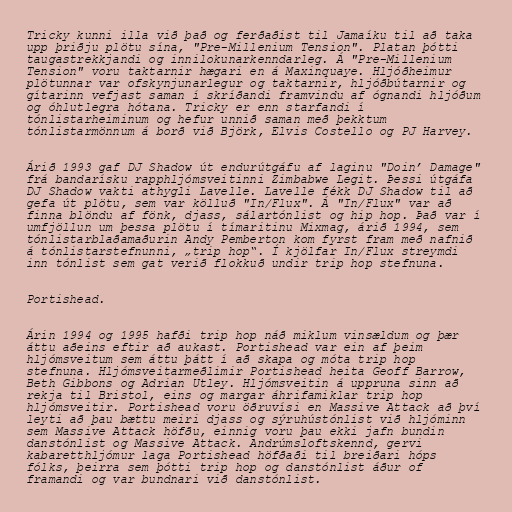
Tricky kunni illa við það og ferðaðist til Jamaíku til að taka
upp þriðju plötu sína, "Pre-Millenium Tension". Platan þótti
taugastrekkjandi og innilokunarkenndarleg. Á "Pre-Millenium
Tension" voru taktarnir hægari en á Maxinquaye. Hljóðheimur
plötunnar var ofskynjunarlegur og taktarnir, hljóðbútarnir og
gítarinn vefjast saman í skríðandi framvindu af ógnandi hljóðum
og óhlutlegra hótana. Tricky er enn starfandi í
tónlistarheiminum og hefur unnið saman með þekktum
tónlistarmönnum á borð við Björk, Elvis Costello og PJ Harvey.

Árið 1993 gaf DJ Shadow út endurútgáfu af laginu "Doin’ Damage"
frá bandarísku rapphljómsveitinni Zimbabwe Legit. Þessi útgáfa
DJ Shadow vakti athygli Lavelle. Lavelle fékk DJ Shadow til að
gefa út plötu, sem var kölluð "In/Flux". Á "In/Flux" var að
finna blöndu af fönk, djass, sálartónlist og hip hop. Það var í
umfjöllun um þessa plötu í tímaritinu Mixmag, árið 1994, sem
tónlistarblaðamaðurin Andy Pemberton kom fyrst fram með nafnið
á tónlistarstefnunni, „trip hop“. Í kjölfar In/Flux streymdi
inn tónlist sem gat verið flokkuð undir trip hop stefnuna.

Portishead.

Árin 1994 og 1995 hafði trip hop náð miklum vinsældum og þær
áttu aðeins eftir að aukast. Portishead var ein af þeim
hljómsveitum sem áttu þátt í að skapa og móta trip hop
stefnuna. Hljómsveitarmeðlimir Portishead heita Geoff Barrow,
Beth Gibbons og Adrian Utley. Hljómsveitin á uppruna sinn að
rekja til Bristol, eins og margar áhrifamiklar trip hop
hljómsveitir. Portishead voru öðruvísi en Massive Attack að því
leyti að þau bættu meiri djass og sýruhústónlist við hljóminn
sem Massive Attack höfðu, einnig voru þau ekki jafn bundin
danstónlist og Massive Attack. Andrúmsloftskennd, gervi
kabaretthljómur laga Portishead höfðaði til breiðari hóps
fólks, þeirra sem þótti trip hop og danstónlist áður of
framandi og var bundnari við danstónlist.